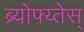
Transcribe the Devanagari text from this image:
ब्र्योफ्य्तेस्